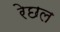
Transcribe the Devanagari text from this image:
रेछल